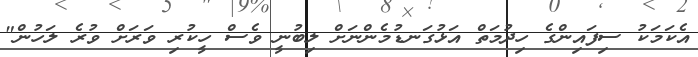
އެކަމަކު ސިފައިންގެ ހިދުމަތް އަޅުގަނޑުމެންނަށް ލިބުނީ ވެސް ހީކުރި ވަރަށް ވުރެ ލަހުން"